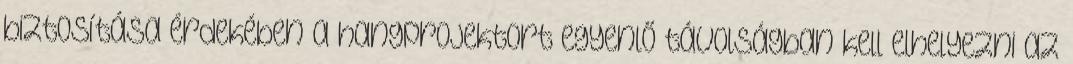
biztosítása érdekében a hangprojektort egyenlő távolságban kell elhelyezni az